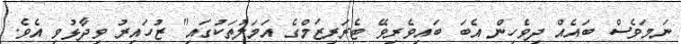
ނަމަވެސް ބައެއް ދިވެހިން އެބަ ބައިވެރިވޭ ޓެރަރިޒަމްގެ އަމަލުތަކުގައި" ޒުހައިރު ވިދާޅުވި އެވެ.